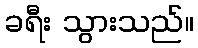
ခရီး သွားသည်။